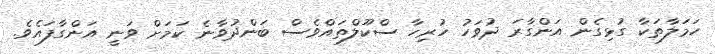
ހަމަލާތަކާ ގުޅިގެން އަންގާރަ ދުވަހު ހުރިހާ ސްކޫލްތައްވެސް ބަންދުވާނެ ކަމަށް ވަނީ އަންގާފައެވެ.